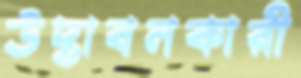
উদ্ভাবনকারী